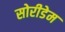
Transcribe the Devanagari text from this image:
सोरीडेम